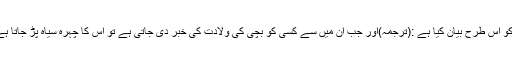
قرآن کریم نے ان کے اس قبیح فعل کو اس طرح بیان کیا ہے :(ترجمہ)اور جب ان میں سے کسی کو بچی کی ولادت کی خبر دی جاتی ہے تو اس کا چہرہ سیاہ پڑ جاتا ہے اور وہ غصّے میں گھٹتا جاتا ہے ۔